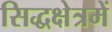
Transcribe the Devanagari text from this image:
सिद्धक्षेत्रमें